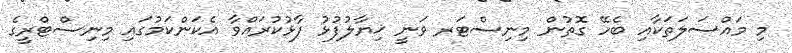
މި މައްސަލަތަކާއި ބެހޭ ގޮތުން މިނިސްޓަރ ވަނީ ޚިޔާލުފުޅު ފާޅުކުރައްވާ އެކަންކަމުގައި މިނިސްޓްރީގެ